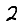
Digit: 2